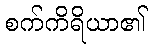
စက်ကိရိယာ၏